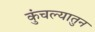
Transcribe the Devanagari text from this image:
कुंचल्यातुन